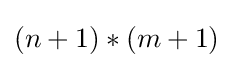
(n+1)*(m+1)